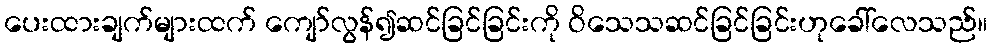
ပေးထားချက်များထက် ကျော်လွန်၍ဆင်ခြင်ခြင်းကို ဝိသေသဆင်ခြင်ခြင်းဟုခေါ်လေသည်။